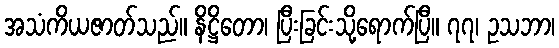
အသံကိယဇာတ်သည်။ နိဋ္ဌိတော၊ ပြီးခြင်းသို့ရောက်ပြီ။ ၇၇၊ ဥသဘာ၊